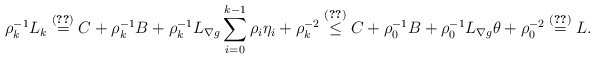
\begin{align*}\rho_k^{-1}L_k\overset{\eqref{conic-L} }{=}C+\rho_k^{-1}B+\rho_k^{-1}L_{\nabla g}\sum_{i=0}^{k-1}\rho_i\eta_i+\rho_k^{-2}\overset{\eqref{def1}}{\leq} C+\rho_0^{-1}B+\rho_0^{-1}L_{\nabla g}\theta+\rho_0^{-2}\overset{\eqref{def2}}{=}L.\end{align*}